Annual report of the Camel Specialist
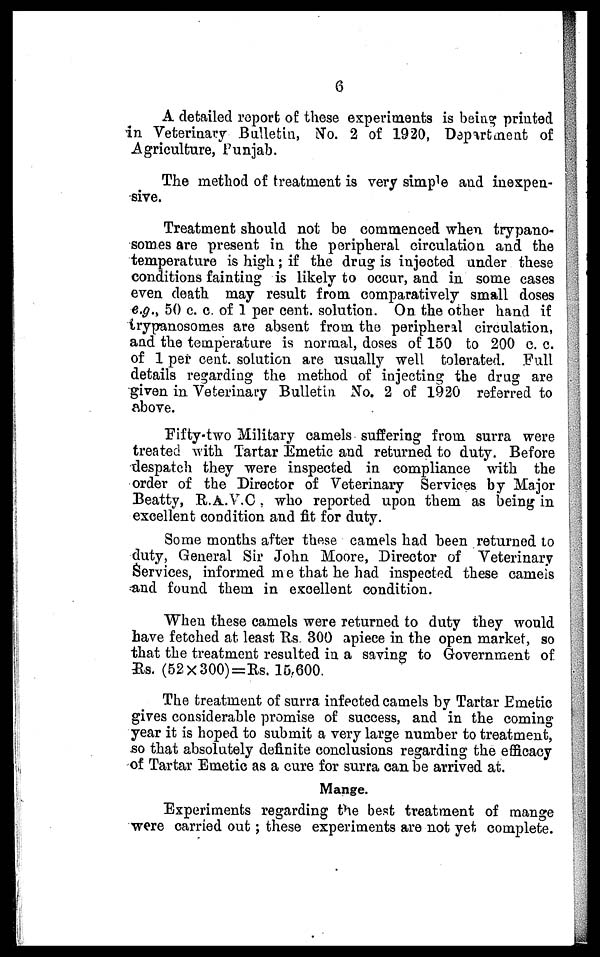
6
A detailed report of these experiments is being printed
in Veterinary Bulletin, No. 2 of 1920, Department of
Agriculture, Punjab.
The method of treatment is very simple and inexpen-
sive.
Treatment should not be commenced when trypano-
somes are present in the peripheral circulation and the
temperature is high; if the drug is injected under these
conditions fainting is likely to occur, and in some cases
even death may result from comparatively small doses
e.g., 50 c. c. of 1 per cent. solution. On the other hand if
trypanosomes are absent from the peripheral circulation,
and the temperature is normal, doses of 150 to 200 c. c.
of 1 per cent. solution are usually well tolerated. Full
details regarding the method of injecting the drug are
given in Veterinary Bulletin No. 2 of 1920 referred to
above.
Fifty-two Military camels suffering from surra were
treated with Tartar Emetic and returned to duty. Before
despatch they were inspected in compliance with the
order of the Director of Veterinary Services by Major
Beatty, R.A.V.C , who reported upon them as being in
excellent condition and fit for duty.
Some months after these camels had been returned to
duty, General Sir John Moore, Director of Veterinary
Services, informed me that he had inspected these camels
and found them in excellent condition.
When these camels were returned to duty they would
have fetched at least Rs. 300 apiece in the open market, so
that the treatment resulted in a saving to Government of
Rs. (52×300)=Rs. 15,600.
The treatment of surra infected camels by Tartar Emetic
gives considerable promise of success, and in the coming
year it is hoped to submit a very large number to treatment,
so that absolutely definite conclusions regarding the efficacy
of Tartar Emetic as a cure for surra can be arrived at.
Mange.
Experiments regarding the best treatment of mange
were carried out; these experiments are not yet complete.